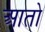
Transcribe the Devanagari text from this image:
आतो